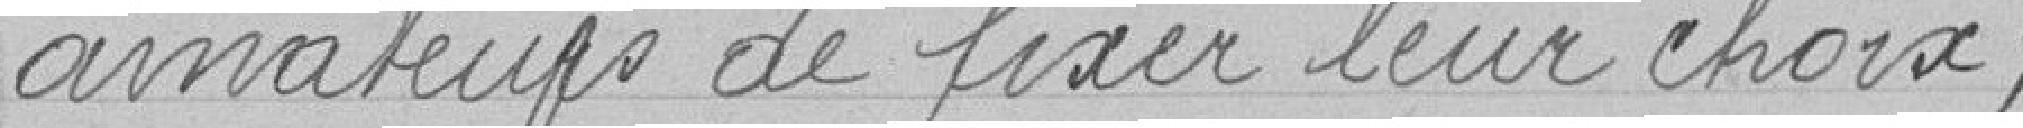
amateurs de fixer leur choix ;